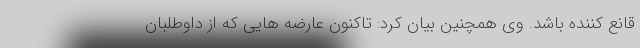
قانع کننده باشد. وی همچنین بیان کرد: تاکنون عارضه هایی که از داوطلبان